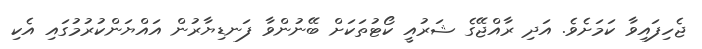
ޖެހިފައިވާ ކަމަށެވެ. އަދި ރާއްޖޭގެ ޝަރުއީ ކޯޓުތަކަށް ބޭނުންވާ ފަނޑިޔާރުން އައްޔަންކުރުމުގައި އެކި